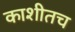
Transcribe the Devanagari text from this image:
काशीतच